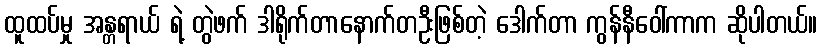
ထူထပ်မှု အန္တရာယ် ရဲ့ တွဲဖက် ဒါရိုက်တာနောက်တဦးဖြစ်တဲ့ ဒေါက်တာ ကွန်နီဝေါ်ကာက ဆိုပါတယ်။